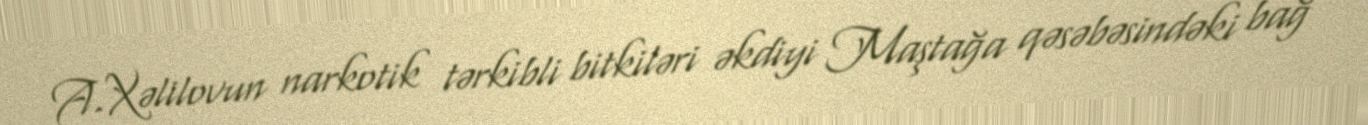
A.Xəlilovun narkotik tərkibli bitkiləri əkdiyi Maştağa qəsəbəsindəki bağ